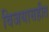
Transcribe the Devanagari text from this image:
विजयासहीत